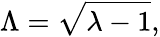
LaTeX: \Lambda=\sqrt{\lambda-1},